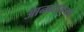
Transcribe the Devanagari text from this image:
आनन्दानुभव